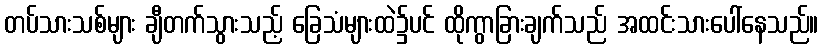
တပ်သားသစ်များ ချီတက်သွားသည့် ခြေသံများထဲ၌ပင် ထိုကွာခြားချက်သည် အထင်းသားပေါ်နေသည်။